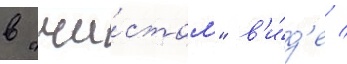
в "чи́стом" в'и́д'е /